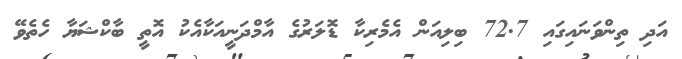
އަދި ތިންވަނައިގައި 72.7 ބިލިއަން އެމެރިކާ ޑޮލަރުގެ އާމްދަނީއަކާއެކު އޮތީ ބާކްޝަޔާ ހެތެވޭ